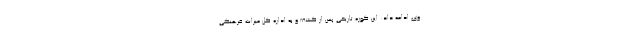
وی ادامه داد: این کوزه تاریخی پس از کشف و به اداره کل میراث فرهنگی